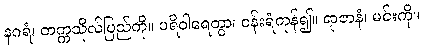
နဂရံ၊ တက္ကသိုလ်ပြည်ကို။ ပရိဝါရေတွာ၊ ဝန်းရံကုန်၍။ ရာဇာနံ၊ မင်းကို။